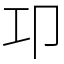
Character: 卭